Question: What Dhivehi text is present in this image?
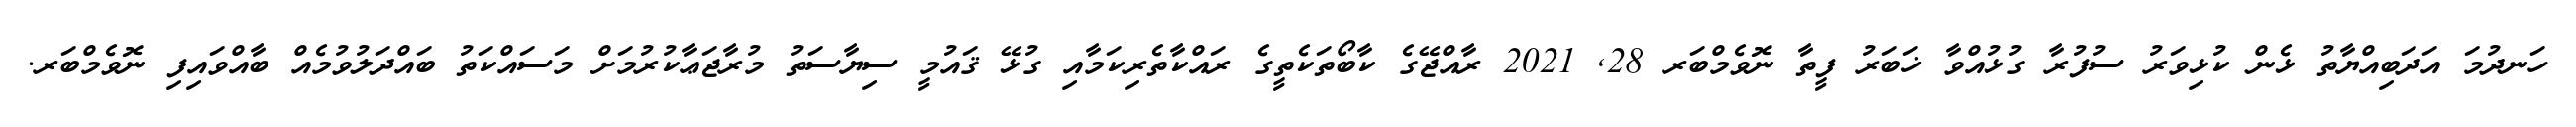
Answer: ހަނދުމަ އަދަބިއްޔާތު ޅެން ކުޅިވަރު ސުފުރާ ގުޅުއްވާ ޚަބަރު ފީތާ ނޮވެމްބަރ 28, 2021 ރާއްޖޭގެ ކާބޯތަކެތީގެ ރައްކާތެރިކަމާއި ގުޅޭ ޤައުމީ ސިޔާސަތު މުރާޖަޢާކުރުމަށް މަސައްކަތު ބައްދަލުވުމެއް ބާއްވައިފި ނޮވެމްބަރ.